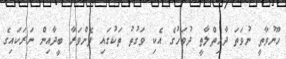
ހޫނުވާތީ ނުވަތަ ދާހިތްލާތީ ދުވަހުގެ އެކި ވަގުތު ތަކުގައި ފެންވަރާ ބީދާއިން ނަރަކައިގެ